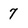
Character: 7